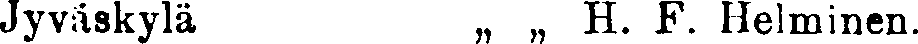
Jyväskylä „ „ H. F. Helminen.